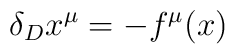
\delta_D x^\mu = - f^\mu (x)